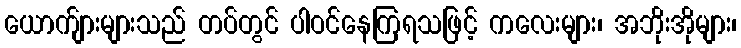
ယောက်ျားများသည် တပ်တွင် ပါဝင်နေကြရသဖြင့် ကလေးများ၊ အဘိုးအိုများ၊